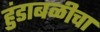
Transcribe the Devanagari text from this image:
हुंडाबळीचा